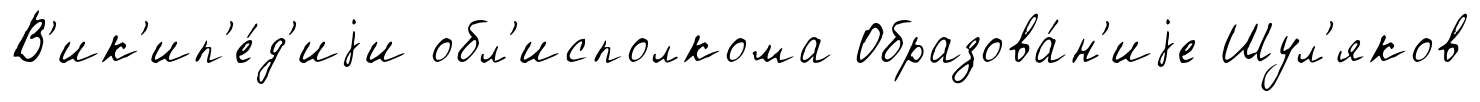
В'ик'ип'е́д'иjи обл'исполкома Образова́н'иjе Шул'яков